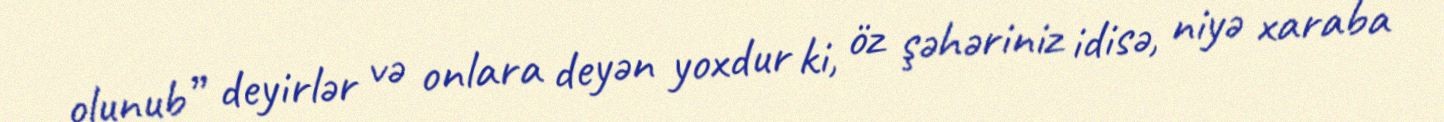
olunub” deyirlər və onlara deyən yoxdur ki, öz şəhəriniz idisə, niyə xaraba